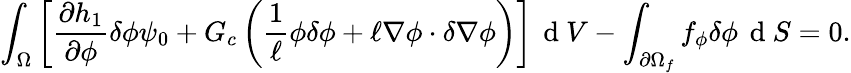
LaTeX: \int_{\Omega}\left[\frac{\partial h_{1}}{\partial\phi}\delta\phi\psi_{0}+G_{c}\left(\frac{1}{\ell}\phi\delta\phi+\ell\nabla\phi\cdot\delta\nabla\phi\right)\right]\, \mathrm{~d~}V-\int_{\partial\Omega_{f}}f_{\phi}\delta\phi\, \mathrm{~d~}S=0.